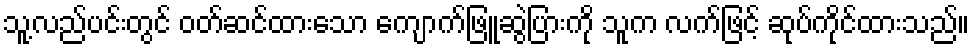
သူ့လည်ပင်းတွင် ဝတ်ဆင်ထားသော ကျောက်ဖြူဆွဲပြားကို သူက လက်ဖြင့် ဆုပ်ကိုင်ထားသည်။